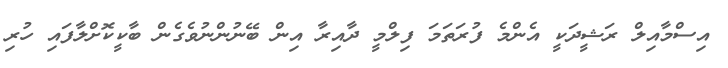
އިސްމާއިލް ރަޝީދަކީ އެންމެ ފުރަތަމަ ފިލްމީ ދާއިރާ އިން ބޭނުންނުވެގެން ބާކީކޮށްލާފައި ހުރި